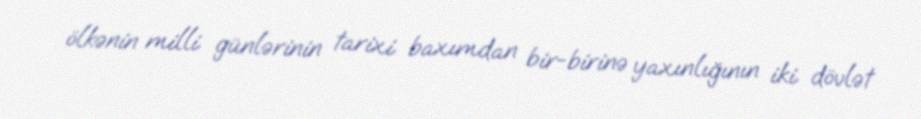
ölkənin milli günlərinin tarixi baxımdan bir-birinə yaxınlığının iki dövlət